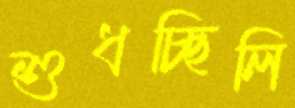
শুধচ্ছিলি